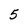
Character: 5